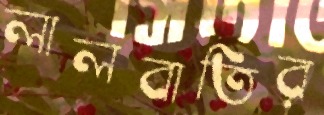
লালবাতির